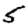
Digit: 5